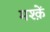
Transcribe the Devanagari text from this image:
मश्क़ें